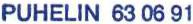
PUHELIN 63 06 91